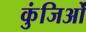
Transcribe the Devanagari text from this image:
कुंजिओं